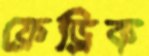
ফ্রেড্রিক